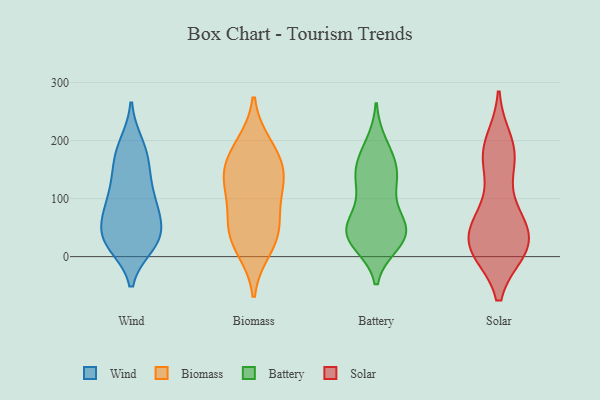
{"axis": {"x": "Temperature (°C)", "y": "Value"}, "legend": ["Battery", "Biomass", "Solar", "Wind"], "data": [{"x": "", "y": 194, "type": "Wind"}, {"x": "", "y": 61, "type": "Wind"}, {"x": "", "y": 154, "type": "Wind"}, {"x": "", "y": 20, "type": "Wind"}, {"x": "", "y": 58, "type": "Wind"}, {"x": "", "y": 147, "type": "Wind"}, {"x": "", "y": 32, "type": "Wind"}, {"x": "", "y": 92, "type": "Wind"}, {"x": "", "y": 32, "type": "Wind"}, {"x": "", "y": 34, "type": "Wind"}, {"x": "", "y": 90, "type": "Wind"}, {"x": "", "y": 116, "type": "Wind"}, {"x": "", "y": 190, "type": "Wind"}, {"x": "", "y": 74, "type": "Wind"}, {"x": "", "y": 170, "type": "Wind"}, {"x": "", "y": 106, "type": "Wind"}, {"x": "", "y": 24, "type": "Wind"}, {"x": "", "y": 21, "type": "Wind"}, {"x": "", "y": 58, "type": "Biomass"}, {"x": "", "y": 129, "type": "Biomass"}, {"x": "", "y": 138, "type": "Biomass"}, {"x": "", "y": 50, "type": "Biomass"}, {"x": "", "y": 178, "type": "Biomass"}, {"x": "", "y": 33, "type": "Biomass"}, {"x": "", "y": 191, "type": "Biomass"}, {"x": "", "y": 148, "type": "Biomass"}, {"x": "", "y": 107, "type": "Biomass"}, {"x": "", "y": 14, "type": "Biomass"}, {"x": "", "y": 118, "type": "Battery"}, {"x": "", "y": 138, "type": "Battery"}, {"x": "", "y": 178, "type": "Battery"}, {"x": "", "y": 31, "type": "Battery"}, {"x": "", "y": 131, "type": "Battery"}, {"x": "", "y": 156, "type": "Battery"}, {"x": "", "y": 42, "type": "Battery"}, {"x": "", "y": 33, "type": "Battery"}, {"x": "", "y": 46, "type": "Battery"}, {"x": "", "y": 193, "type": "Battery"}, {"x": "", "y": 24, "type": "Battery"}, {"x": "", "y": 42, "type": "Battery"}, {"x": "", "y": 72, "type": "Battery"}, {"x": "", "y": 145, "type": "Battery"}, {"x": "", "y": 61, "type": "Battery"}, {"x": "", "y": 39, "type": "Battery"}, {"x": "", "y": 175, "type": "Solar"}, {"x": "", "y": 18, "type": "Solar"}, {"x": "", "y": 168, "type": "Solar"}, {"x": "", "y": 78, "type": "Solar"}, {"x": "", "y": 12, "type": "Solar"}, {"x": "", "y": 14, "type": "Solar"}, {"x": "", "y": 14, "type": "Solar"}, {"x": "", "y": 66, "type": "Solar"}, {"x": "", "y": 197, "type": "Solar"}, {"x": "", "y": 59, "type": "Solar"}, {"x": "", "y": 18, "type": "Solar"}, {"x": "", "y": 24, "type": "Solar"}, {"x": "", "y": 162, "type": "Solar"}, {"x": "", "y": 184, "type": "Solar"}, {"x": "", "y": 14, "type": "Solar"}, {"x": "", "y": 61, "type": "Solar"}]}